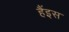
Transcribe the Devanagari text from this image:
हैंइस